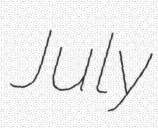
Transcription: July